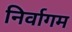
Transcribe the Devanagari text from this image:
निर्वागम